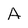
Character: A